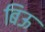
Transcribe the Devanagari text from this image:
बिऊ